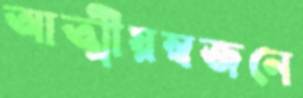
আত্মীয়স্বজনে